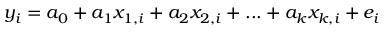
y _ { i } = a _ { 0 } + a _ { 1 } x _ { 1 , i } + a _ { 2 } x _ { 2 , i } + . . . + a _ { k } x _ { k , i } + e _ { i }